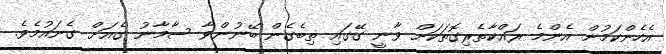
އެހެންކަމުން އެންމެ ރައްކާތެރިގޮތަކަށް ވާނީ ގޭގައި ތިބެގެން ބޭނުންވާ ސާމާނު ގެއަށް ގެނައުމެވެ.